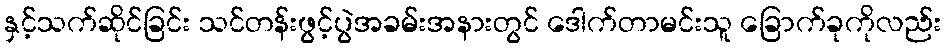
နှင့်သက်ဆိုင်ခြင်း သင်တန်းဖွင့်ပွဲအခမ်းအနားတွင် ဒေါက်တာမင်းသူ ခြောက်ခုကိုလည်း